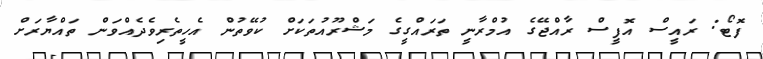
ފޮޓޯ: ރައީސް އޮފީސް ރާއްޖޭގެ އުމްރާނީ ތަރައްގީގެ މަޝްރޫއުތަކަށް ކުވޭތުން އެހީތެރިވެދެއްވަން ތައްޔާރަށް